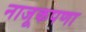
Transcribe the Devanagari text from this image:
नाजूकपणा